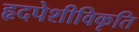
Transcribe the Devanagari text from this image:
हृदपेशीविकृति